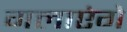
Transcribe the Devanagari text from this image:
गलाएंगे